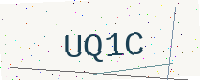
Text: UQ1C